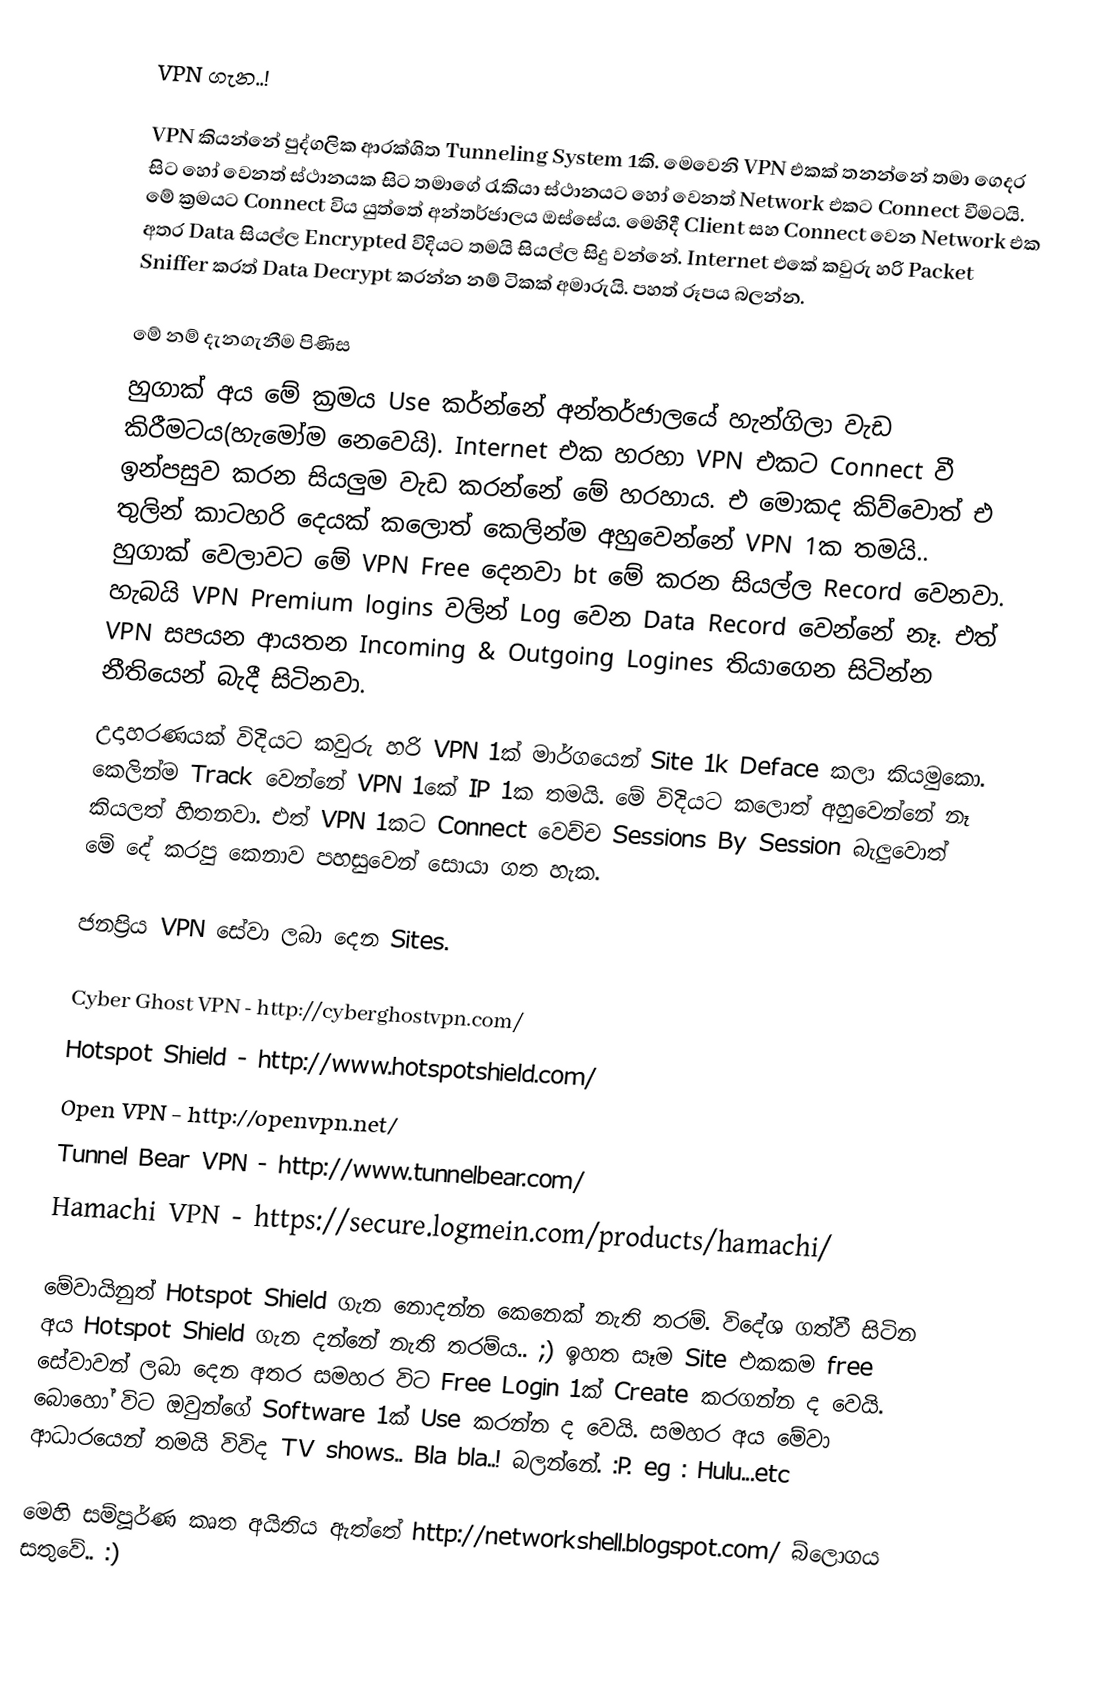
VPN ගැන..!

VPN කියන්නේ පුද්ගලික ආරක්ශිත Tunneling System 1කි. මෙවෙනි VPN එකක් තනන්නේ තමා ගෙදර සිට හෝ වෙනත් ස්ථානයක සිට තමාගේ රැකියා ස්ථානයට හෝ වෙනත් Network එකට Connect වීමටයි. මේ ක්‍රමයට Connect විය යුත්තේ අන්තර්ජාලය ඔස්සේය. මෙහිදී Client සහ Connect වෙන Network එක අතර Data සියල්ල Encrypted විදියට තමයි සියල්ල සිදු වන්නේ. Internet එකේ කවුරු හරි Packet Sniffer කරත් Data Decrypt කරන්න නම් ටිකක් අමාරුයි. පහත් රූපය බලන්න.

මේ නම් දැනගැනීම පිණිස
හුගාක් අය මේ ක්‍රමය Use කර්න්නේ අන්තර්ජාලයේ හැන්ගිලා වැඩ කිරීමටය(හැමෝම නෙවෙයි). Internet එක හරහා VPN එකට Connect වී ඉන්පසුව කරන සියලුම වැඩ කරන්නේ මේ හරහාය. එ මොකද කිව්වොත් එ තුලින් කාටහරි දෙයක් කලොත් කෙලින්ම අහුවෙන්නේ VPN 1ක තමයි.. හුගාක් වෙලාවට මේ VPN Free දෙනවා bt මේ කරන සියල්ල Record වෙනවා. හැබයි VPN Premium logins වලින් Log වෙන Data Record වෙන්නේ නෑ. එත් VPN සපයන ආයතන Incoming & Outgoing Logines තියාගෙන සිටින්න නීතියෙන් බැදී සිටිනවා.
    උදාහරණයක් විදියට කවුරු හරි VPN 1ක් මාර්ගයෙන් Site 1k Deface කලා කියමුකො. කෙලින්ම Track වෙන්නේ VPN 1කේ IP 1ක තමයි. මේ විදියට කලොත් අහුවෙන්නේ නෑ කියලත් හිතනවා. එත් VPN 1කට Connect වෙච්ච Sessions By Session බැලුවොත් මේ දේ කරපු කෙනාව පහසුවෙන් සොයා ගත හැක.

ජනප්‍රිය VPN සේවා ලබා දෙන Sites.

Cyber Ghost VPN - http://cyberghostvpn.com/
Hotspot Shield - http://www.hotspotshield.com/
Open VPN - http://openvpn.net/
Tunnel Bear VPN - http://www.tunnelbear.com/
Hamachi VPN -  https://secure.logmein.com/products/hamachi/

         මේවායිනුත් Hotspot Shield ගැන නොදන්න කෙනෙක් නැති තරම්. විදේශ ගත්වී සිටින අය Hotspot Shield ගැන දන්නේ නැති තරම්ය.. ;) ඉහත සෑම Site එකකම free සේවාවන් ලබා දෙන අතර සමහර විට Free Login 1ක් Create කරගන්න ද වෙයි. බොහෝ විට ඔවුන්ගේ Software 1ක් Use කරන්න ද වෙයි. සමහර අය මේවා ආධාරයෙන් තමයි විවිද TV shows.. Bla bla..! බලන්නේ. :P. eg : Hulu...etc

මෙහි සම්පූර්ණ කෘත අයිතිය ඇත්තේ http://networkshell.blogspot.com/ බ්ලොගය සතුවේ.. :)